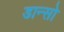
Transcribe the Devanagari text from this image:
डान्सो